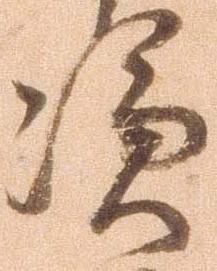
憑